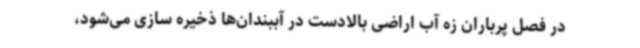
در فصل پرباران زه آب اراضی بالادست در آببندان‌ها ذخیره سازی می‌شود،